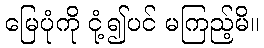
မြေပုံကို ငုံ့၍ပင် မကြည့်မိ။